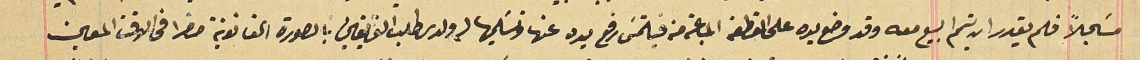
مسَجلاً فلم يقدر ان يتمم البيع معه وقد وضع يده على القطعه المباعة منه فيلتمسَ رفع يده عنها وتسَليمها له ولدى طلب الفريقين بالصورة القانونية حضرا فى الوقت المعين